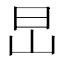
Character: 旵